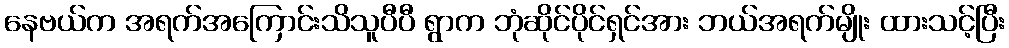
နေဗယ်က အရက်အကြောင်းသိသူပီပီ ရွာက ဘုံဆိုင်ပိုင်ရှင်အား ဘယ်အရက်မျိုး ထားသင့်ပြီး